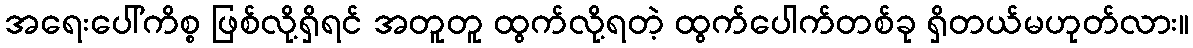
အရေးပေါ်ကိစ္စ ဖြစ်လို့ရှိရင် အတူတူ ထွက်လို့ရတဲ့ ထွက်ပေါက်တစ်ခု ရှိတယ်မဟုတ်လား။